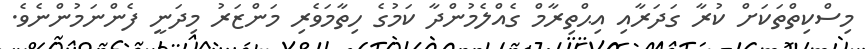
މިސްކިތްތަކަށް ކުރާ ގަދަރާއި އިޙްތިރާމް ގެއްލެމުންދާ ކަމުގެ ހިތާމަވެރި މަންޒަރު މިދަނީ ފެންނަމުންނެވެ.